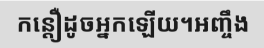
កន្តឿដូចអ្នកឡើយ។អញ្ចឹង